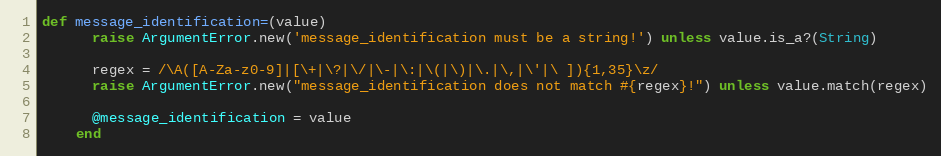
Language: Ruby
def message_identification=(value)
      raise ArgumentError.new('message_identification must be a string!') unless value.is_a?(String)

      regex = /\A([A-Za-z0-9]|[\+|\?|\/|\-|\:|\(|\)|\.|\,|\'|\ ]){1,35}\z/
      raise ArgumentError.new("message_identification does not match #{regex}!") unless value.match(regex)

      @message_identification = value
    end